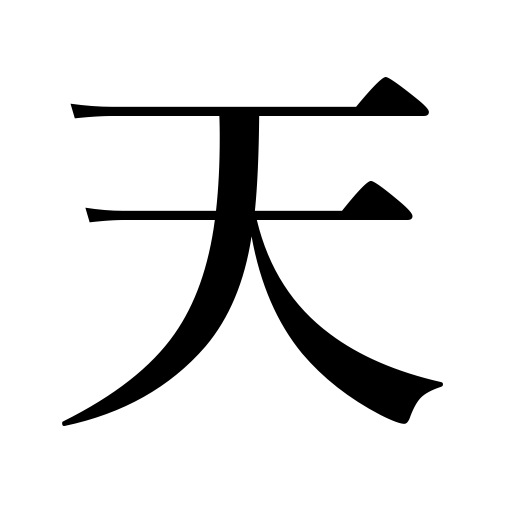
Meanings: heaven,celestial sphere,firmament,Providence,destiny,heavens,Heavenly,air,Nature,God,top,beginning,sky,weather